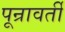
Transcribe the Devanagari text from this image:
पून्रावर्ती